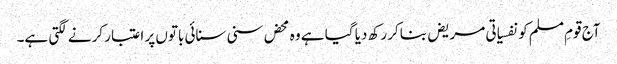
آج قومِ مسلم کو نفسیاتی مریض بناکر رکھ دیا گیا ہے وہ محض سنی سنائی باتوں پر اعتبار کرنے لگتی ہے۔